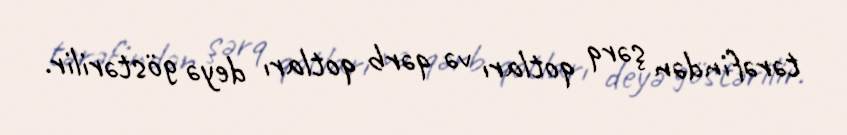
tərəfindən şərq qotları və qərb qotları deyə göstərilir.